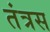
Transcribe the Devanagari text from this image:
तंत्रस